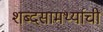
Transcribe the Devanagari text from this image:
शब्दसामर्थ्याची